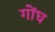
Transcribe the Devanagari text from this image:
गोंघ